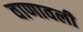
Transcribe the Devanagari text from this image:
वाणावली